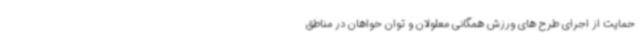
حمایت از اجرای طرح های ورزش همگانی معلولان و توان خواهان در مناطق